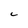
Character: C